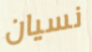
نسيان